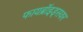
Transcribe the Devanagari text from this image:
फायब्रॉइड्‌सवर